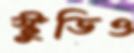
স্টুডিও